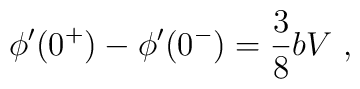
\phi^\prime(0^+)-\phi^\prime(0^-)=\frac{3}{8}bV~,